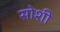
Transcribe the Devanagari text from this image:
सोशी